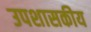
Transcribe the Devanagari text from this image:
उपशासकीय